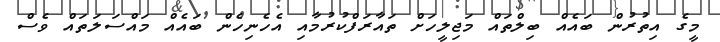
މީގެ އިތުރުން ބައެއް ބިލްތައް މަޖިލީހަށް ތައާރަފްކުރުމާއި އެހެނިހެން ބައެއް މައްސަލަތައް ވެސް